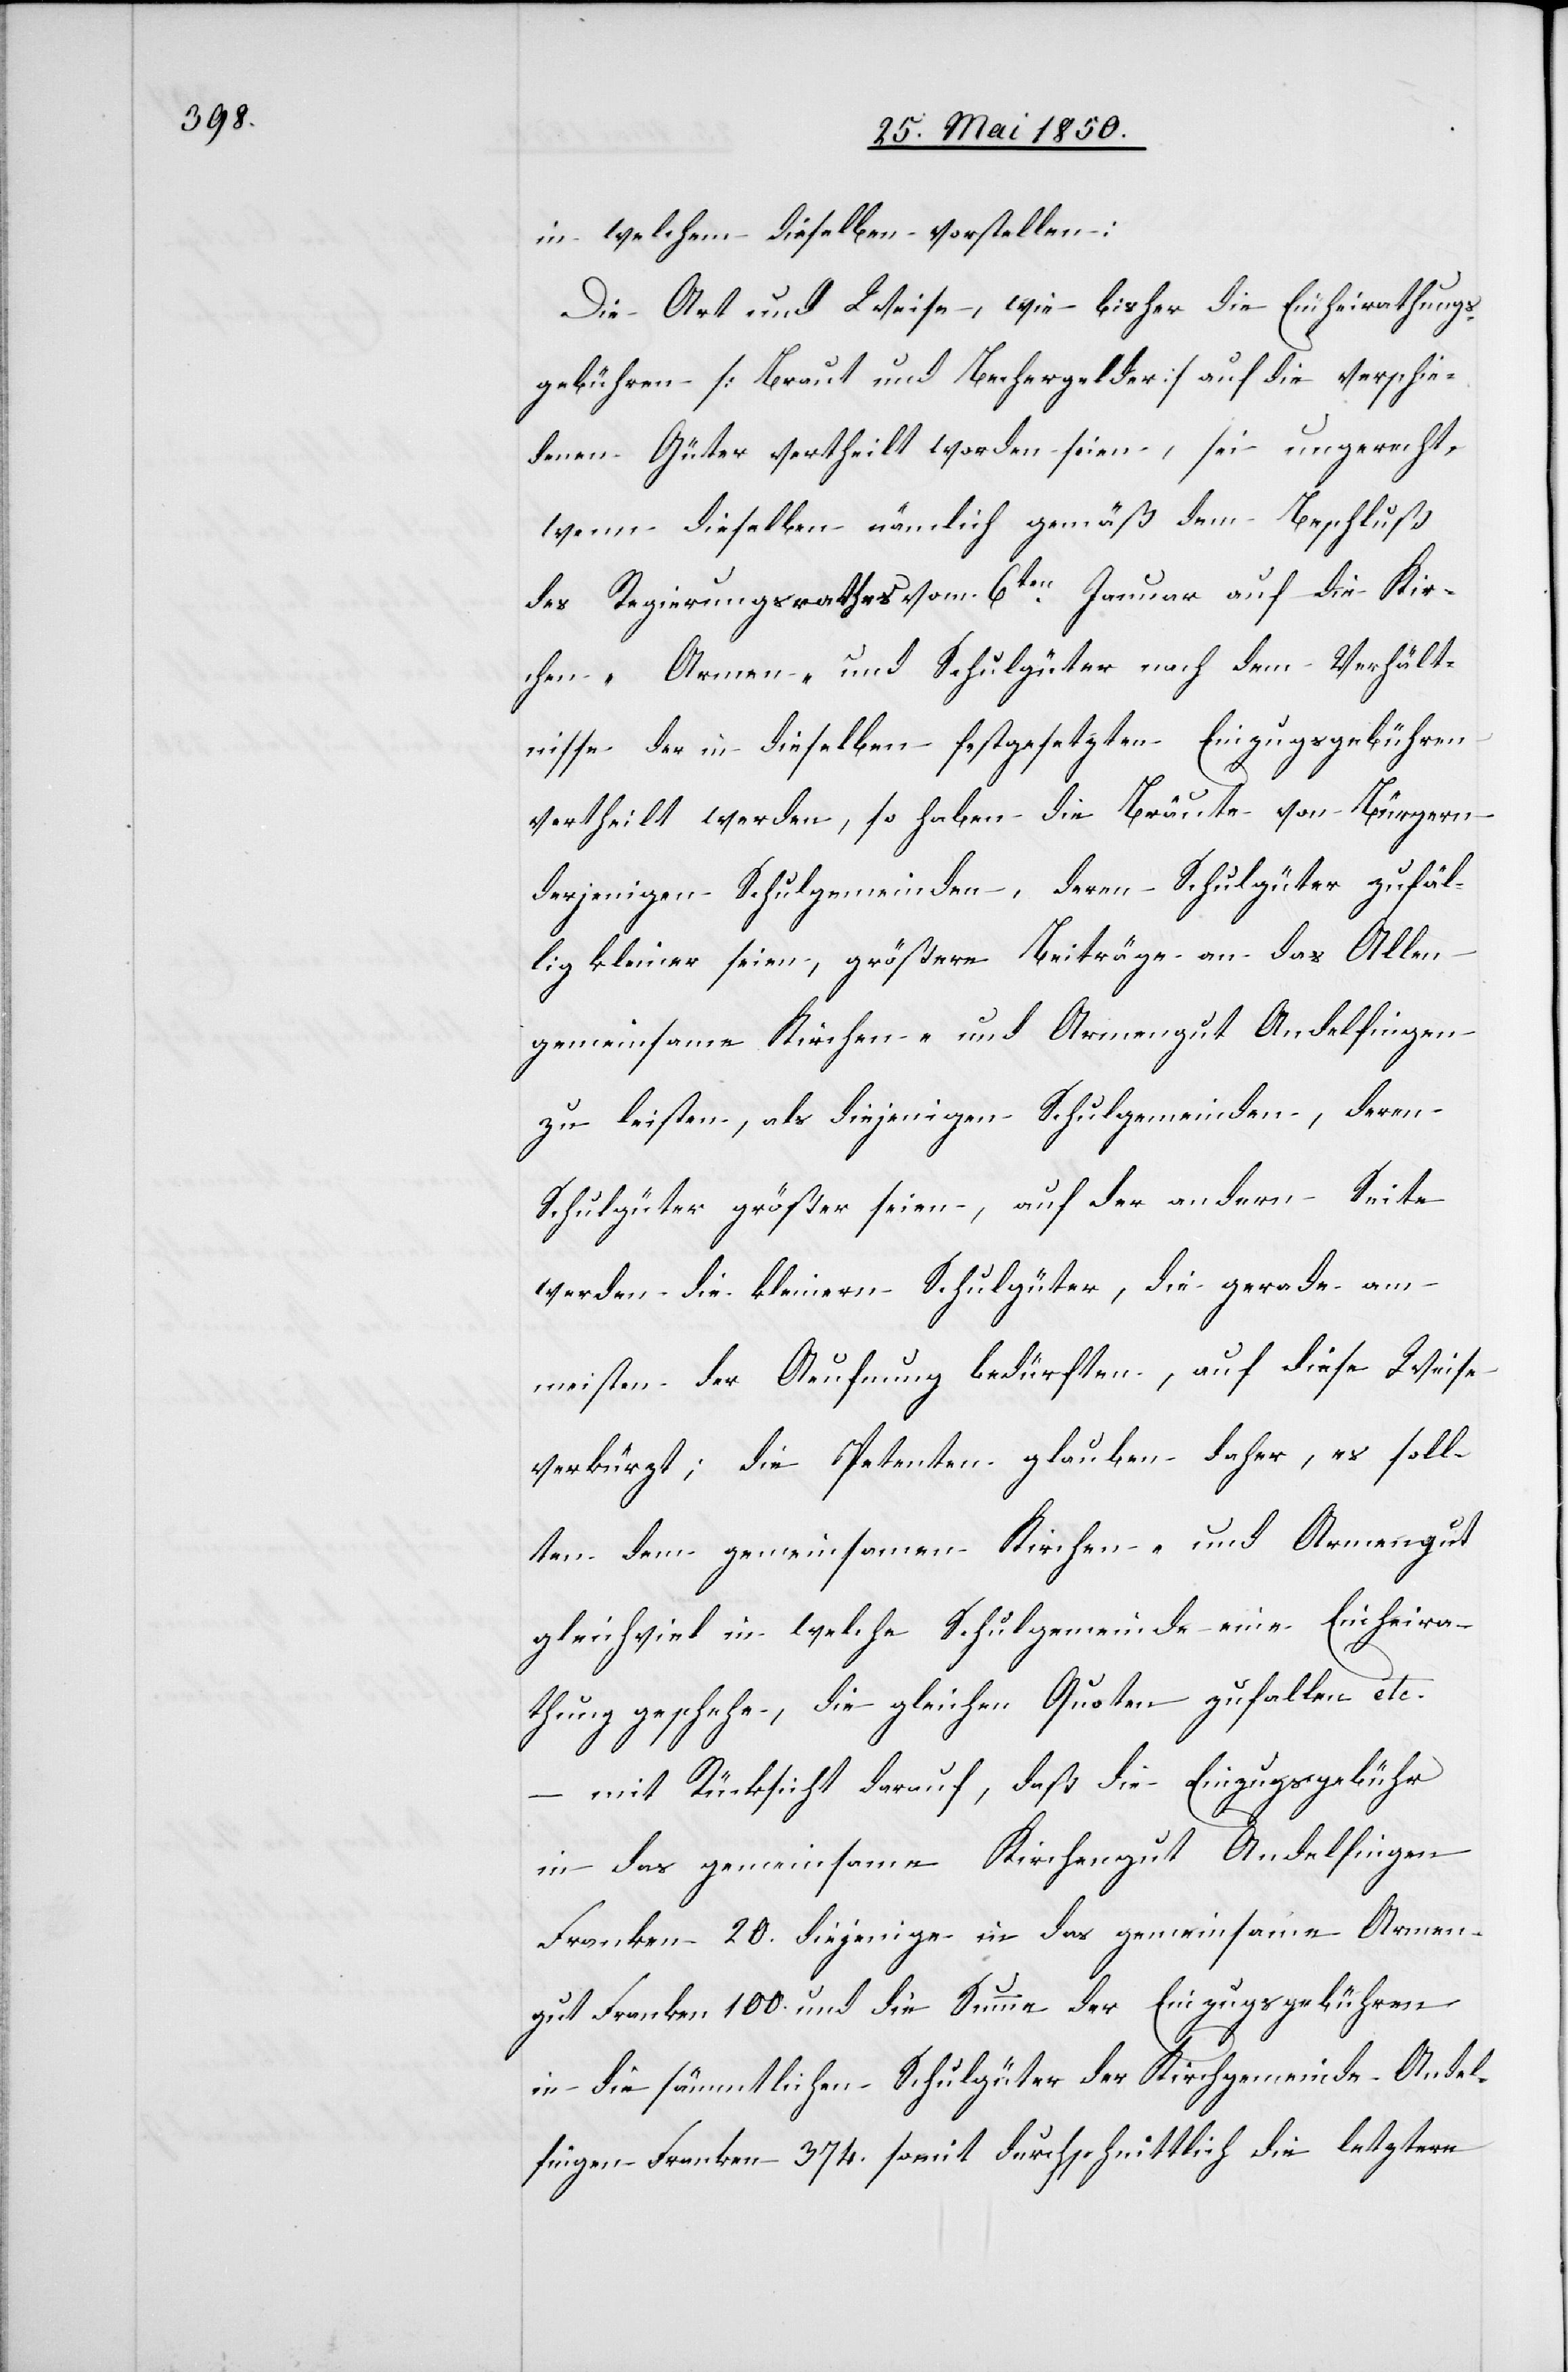
in welchem dieselben vorstellen:
Die Art und Weise, wie bisher die Einheirathungs¬
gebühren [Braut und Bechergelder] auf die verschie¬
denen Güter vertheilt worden seien, sein ungerecht,
wenn dieselben nämlich gemäß dem Beschluß
des Regierungsrathes vom 6ten Januar auf die Kir¬
chen-[,] Armen- und Schulgüter nach dem Verhält¬
nisse der in dieselben festgesetzten Einzugsgebühren
vertheilt werden, so haben die Bräute von Bürgern
derjenigen Schulgemeinden, deren Schulgüter zufäl¬
lig kleiner seien, größere Beiträge an das Allen
gemeinsame Kirchen- und Armengut Andelfingen
zu leisten, als diejenigen Schulgemeinden, deren
Schulgüter größer seien, auf der andern Seite
werden die kleinern Schulgüter, die gerade am
meisten der Aeufnung bedürften, auf diese Weise
verkürzt; die Petenten glauben daher, es soll¬
ten dem gemeinsamen Kirchen- und Armengut
gleichviel in welche Schulgemeinde eine Einheira¬
thung geschehe, die gleichen Quoten zufallen etc.
mit Rücksicht darauf, daß die Einzugsgebühr
in das gemeinsame Kirchengut Andelfingen
Franken 20. diejenige in das gemeinsame Armen¬
gut Franken 100. und die Summe der Einzugsgebühren
in die sämmtlichen Schulgüter der Kirchgemeinde Andel¬
fingen Franken 374. somit durchschnittlich die letztere